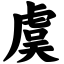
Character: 虞